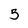
Character: 5